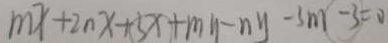
m x + 2 n x + 5 x + m y - n y - 3 m - 3 = 0